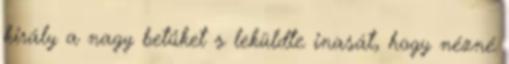
király a nagy betűket s leküldte inasát, hogy nézné